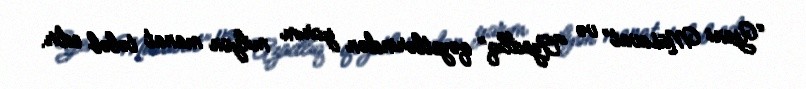
“Yeni Müsavat” və “Azadlıq” qəzetlərindən yarım milyon manat tələb edir.